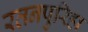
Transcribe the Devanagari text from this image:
रतनपुरिहा